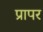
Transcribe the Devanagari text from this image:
प्रापर